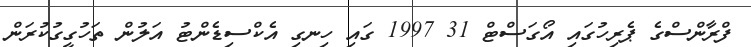
ފްރާންސްގެ ޕެރިހުގައި އޯގަސްޓް 31 1997 ގައި ހިނގި އެކްސިޑެންޓު އަލުން ތަހުގީގުކުރަން